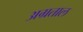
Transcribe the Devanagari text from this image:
अग्रताल